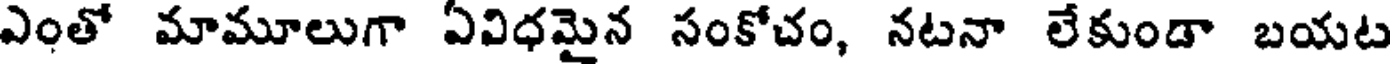
ఎంతో మామూలుగా ఏవిధమైన సంకోచం, నటనా లేకుండా బయట